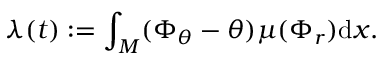
\lambda ( t ) : = \int _ { M } ( \Phi _ { \theta } - \theta ) \mu ( \Phi _ { r } ) \mathrm { d } x .